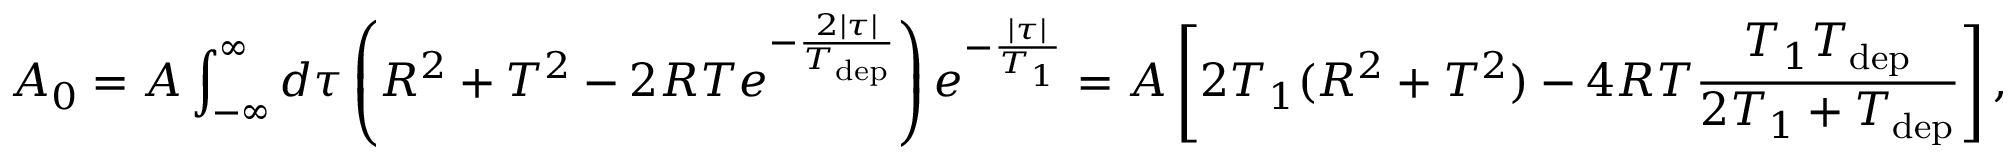
A _ { 0 } = A \int _ { - \infty } ^ { \infty } d \tau \left( R ^ { 2 } + T ^ { 2 } - 2 R T e ^ { - \frac { 2 | \tau | } { T _ { \mathrm { d e p } } } } \right) e ^ { - \frac { | \tau | } { T _ { 1 } } } = A \left[ 2 T _ { 1 } ( R ^ { 2 } + T ^ { 2 } ) - 4 R T \frac { T _ { 1 } T _ { \mathrm { d e p } } } { 2 T _ { 1 } + T _ { \mathrm { d e p } } } \right] ,